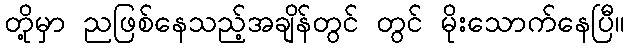
တို့မှာ ညဖြစ်နေသည့်အချိန်တွင် တွင် မိုးသောက်နေပြီ။